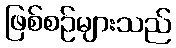
ဖြစ်စဉ်များသည်